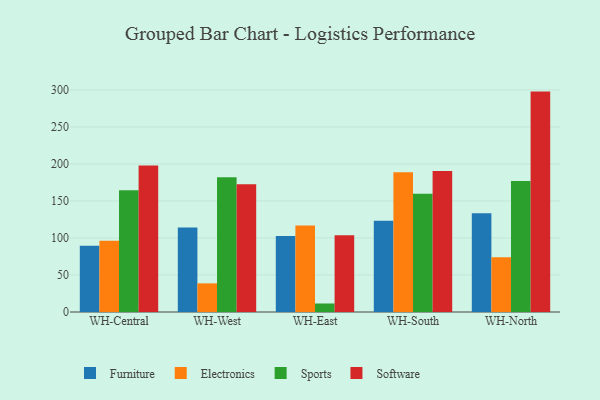
{"axis": {"x": "Warehouse", "y": "Customer Acquisition Cost (USD)"}, "legend": ["Electronics", "Furniture", "Software", "Sports"], "data": [{"x": "WH-Central", "y": 89.6, "type": "Furniture"}, {"x": "WH-Central", "y": 96.1, "type": "Electronics"}, {"x": "WH-Central", "y": 164.4, "type": "Sports"}, {"x": "WH-Central", "y": 197.8, "type": "Software"}, {"x": "WH-West", "y": 114.2, "type": "Furniture"}, {"x": "WH-West", "y": 38.7, "type": "Electronics"}, {"x": "WH-West", "y": 182.0, "type": "Sports"}, {"x": "WH-West", "y": 172.7, "type": "Software"}, {"x": "WH-East", "y": 102.8, "type": "Furniture"}, {"x": "WH-East", "y": 116.8, "type": "Electronics"}, {"x": "WH-East", "y": 11.5, "type": "Sports"}, {"x": "WH-East", "y": 103.5, "type": "Software"}, {"x": "WH-South", "y": 123.2, "type": "Furniture"}, {"x": "WH-South", "y": 188.6, "type": "Electronics"}, {"x": "WH-South", "y": 159.7, "type": "Sports"}, {"x": "WH-South", "y": 190.3, "type": "Software"}, {"x": "WH-North", "y": 133.4, "type": "Furniture"}, {"x": "WH-North", "y": 74.1, "type": "Electronics"}, {"x": "WH-North", "y": 177.1, "type": "Sports"}, {"x": "WH-North", "y": 297.7, "type": "Software"}]}